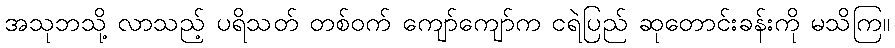
အသုဘသို့ လာသည့် ပရိသတ် တစ်ဝက် ကျော်ကျော်က ငရဲပြည် ဆုတောင်းခန်းကို မသိကြ။